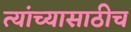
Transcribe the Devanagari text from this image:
त्यांच्यासाठीच